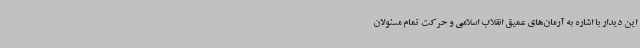
این دیدار با اشاره به آرمان‌های عمیق انقلاب اسلامی و حرکت تمام مسئولان